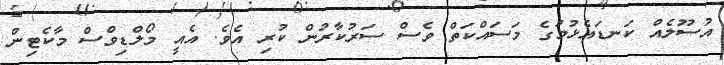
އުސޫލެއް ކަނޑައެޅުމުގެ މަސައްކަތް ވެސް ސަރުކާރުން ކުރި އެވެ. އެއީ މޯލްޑިވްސް މާކެޓިން